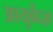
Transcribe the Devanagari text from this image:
आयुर्वेदज्ञ